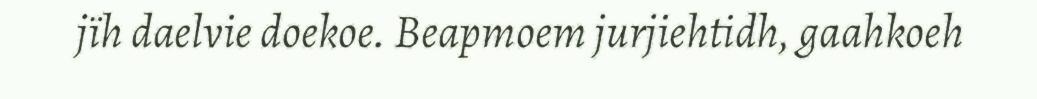
jïh daelvie doekoe. Beapmoem jurjiehtidh, gaahkoeh